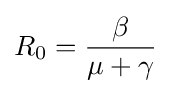
R_{0}={\frac {\beta }{\mu +\gamma }}